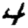
Digit: 4